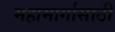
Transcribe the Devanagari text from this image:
महामार्गासाठी